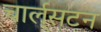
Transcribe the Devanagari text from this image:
चार्ल्‌सटन